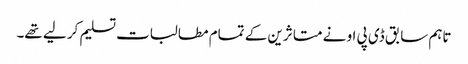
تاہم سابق ڈی پی او نے متا ثرین کے تمام مطالبات تسلیم کر لیے تھے۔